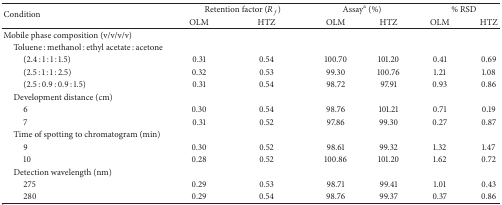
<table><thead><tr><td rowspan="2"><b>Condition</b></td><td colspan="2"><b>Retention factor (<i>R</i><sub><i>f</i></sub>)</b></td><td colspan="2"><b>Assay<sup>a</sup> (%)</b></td><td colspan="2"><b>% RSD</b></td></tr><tr><td><b>OLM</b></td><td><b>HTZ</b></td><td><b>OLM</b></td><td><b>HTZ</b></td><td><b>OLM</b></td><td><b>HTZ</b></td></tr></thead><tbody><tr><td>Mobile phase composition (v/v/v/v)</td><td> </td><td> </td><td> </td><td> </td><td> </td><td> </td></tr><tr><td> Toluene : methanol : ethyl acetate : acetone </td><td> </td><td> </td><td> </td><td> </td><td> </td><td> </td></tr><tr><td>(2.4 : 1 : 1 : 1.5)</td><td>0.31</td><td>0.54</td><td>100.70</td><td>101.20</td><td>0.41</td><td>0.69</td></tr><tr><td>(2.5 : 1 : 1 : 2.5)</td><td>0.32</td><td>0.53</td><td>99.30</td><td>100.76</td><td>1.21</td><td>1.08</td></tr><tr><td>(2.5 : 0.9 : 0.9 : 1.5)</td><td>0.31</td><td>0.54</td><td>98.72</td><td>97.91</td><td>0.93</td><td>0.86</td></tr><tr><td> Development distance (cm) </td><td> </td><td> </td><td> </td><td> </td><td> </td><td> </td></tr><tr><td>6</td><td>0.30</td><td>0.54</td><td>98.76</td><td>101.21</td><td>0.71</td><td>0.19</td></tr><tr><td>7</td><td>0.31</td><td>0.52</td><td>97.86</td><td>99.30</td><td>0.27</td><td>0.87</td></tr><tr><td> Time of spotting to chromatogram (min) </td><td> </td><td> </td><td> </td><td> </td><td> </td><td> </td></tr><tr><td>9</td><td>0.30</td><td>0.52</td><td>98.61</td><td>99.32</td><td>1.32</td><td>1.47</td></tr><tr><td>10</td><td>0.28</td><td>0.52</td><td>100.86</td><td>101.20</td><td>1.62</td><td>0.72</td></tr><tr><td> Detection wavelength (nm) </td><td> </td><td> </td><td> </td><td> </td><td> </td><td> </td></tr><tr><td>275</td><td>0.29</td><td>0.53</td><td>98.71</td><td>99.41</td><td>1.01</td><td>0.43</td></tr><tr><td>280</td><td>0.29</td><td>0.54</td><td>98.76</td><td>99.37</td><td>0.37</td><td>0.86</td></tr></tbody></table>